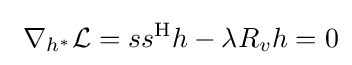
\ \nabla _{h^{*}}{\mathcal {L}}=ss^{\mathrm {H} }h-\lambda R_{v}h=0